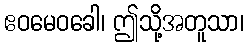
ဧဝမေဝခေါ၊ ဤသို့အတူသာ၊